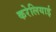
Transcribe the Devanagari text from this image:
करेलियाई